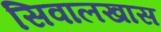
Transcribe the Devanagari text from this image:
सिवालखास